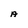
Character: A